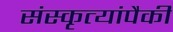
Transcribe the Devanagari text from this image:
संस्कृत्यांपैकी